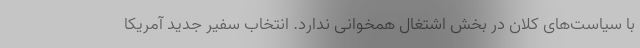
با سیاست‌های کلان در بخش اشتغال همخوانی ندارد. انتخاب سفیر جدید آمریکا